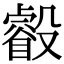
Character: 㲊